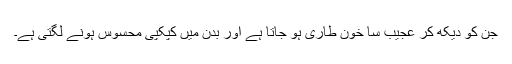
جن کو دیکھ کر عجیب سا خون طاری ہو جاتا ہے اور بدن میں کپکپی محسوس ہونے لگتی ہے۔